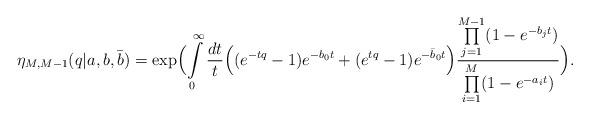
LaTeX: \begin{align*}\eta_{M, M-1}(q|a, b, \bar{b}) = \exp\Bigl(\int\limits_0^\infty \frac{dt}{t}\Bigl((e^{-tq}-1)e^{-b_0 t}+(e^{tq}-1)e^{-\bar{b}_0 t}\Bigr)\frac{\prod\limits_{j=1}^{M-1} (1-e^{-b_j t})}{\prod\limits_{i=1}^M (1-e^{-a_i t})}\Bigr).\end{align*}